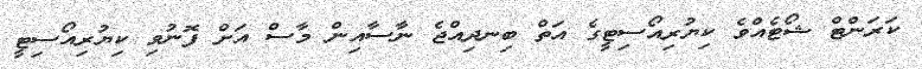
ކަރަންޓް ޝޯޓެއްވެ ކިޔުރިއޯސިޓީގެ އަތް ބިނދިއްޖެ ނާސާއިން މާސް އަށް ފޮނުވި ކިޔުރިއޯސިޓީ